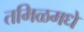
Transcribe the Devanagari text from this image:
तमिळमधे